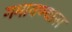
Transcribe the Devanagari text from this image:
गमावण्यास